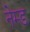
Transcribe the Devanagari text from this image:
नेम्‍ड